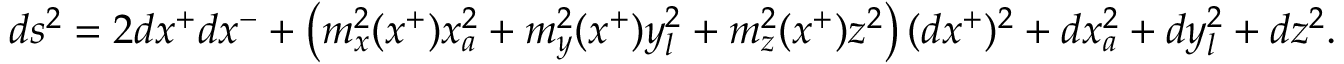
d s ^ { 2 } = 2 d x ^ { + } d x ^ { - } + \left( m _ { x } ^ { 2 } ( x ^ { + } ) x _ { a } ^ { 2 } + m _ { y } ^ { 2 } ( x ^ { + } ) y _ { l } ^ { 2 } + m _ { z } ^ { 2 } ( x ^ { + } ) z ^ { 2 } \right) ( d x ^ { + } ) ^ { 2 } + d x _ { a } ^ { 2 } + d y _ { l } ^ { 2 } + d z ^ { 2 } .